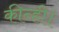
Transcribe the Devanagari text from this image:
कीन्ही।